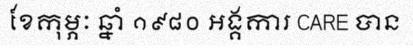
ខែកុម្ភៈ ឆ្នាំ ១៩៨០ អង្គការ CARE បាន